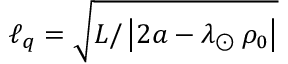
\ell _ { q } = \sqrt { L / \left| 2 a - \lambda _ { \odot } \, \rho _ { 0 } \right| }